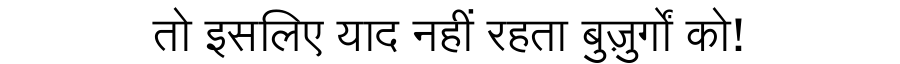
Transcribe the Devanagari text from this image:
तो इसलिए याद नहीं रहता बुज़ुर्गों को!